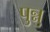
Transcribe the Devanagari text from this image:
पुन्नु